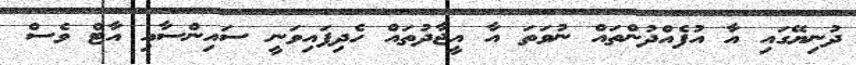
ދުނިޔޭގައި އާ އުފެއްދުންތައް ނުވަތަ އާ އީޖާދުތައް ހެދިފައިވަނީ ސައިންސާއި އާޓް ވެސް